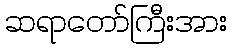
ဆရာတော်ကြီးအား